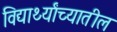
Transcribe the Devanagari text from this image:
विद्यार्थ्यांच्यातील